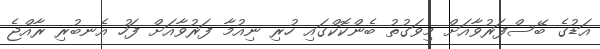
އަޑުގެ ބޭސްފަރުވާއަށް މިވަގުތު ބެންކޮކްގައި ހުރި ނިއުމާ ފަރުވާއަށް ފަހު އެނބުރި ރާއްޖެ